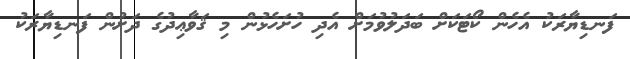
ފަނޑިޔާރަކު އެހެން ކޯޓަކަށް ބަދަލުވުމަށް އެދި ހުށަހެޅުން މި ޤަވާޢިދުގެ ދަށުން ފަނޑިޔާރަކު